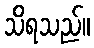
သိရသည်။